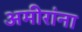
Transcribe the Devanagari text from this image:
अमीरांना